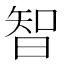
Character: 智